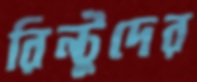
রিন্টুদের